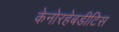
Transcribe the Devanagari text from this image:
केनोरहेबडीटिस